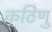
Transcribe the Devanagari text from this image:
कठिणु